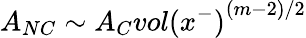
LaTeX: A_{NC}\sim A_{C}{vol(x^{-})}^{(m-2)/2}